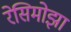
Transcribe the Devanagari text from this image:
रेसिमोझा